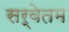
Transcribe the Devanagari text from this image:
सर्वेतम